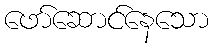
ဖော်ဆောင်နေသော